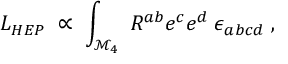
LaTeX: L _ { H E P } \; \propto \; \int _ { \mathcal { M } _ { 4 } } \; R ^ { a b } e ^ { c } e ^ { d } \; \epsilon _ { a b c d } \; ,